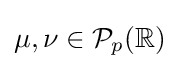
\mu ,\nu \in {\mathcal {P}}_{p}(\mathbb {R} )